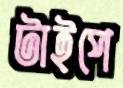
টাইপে